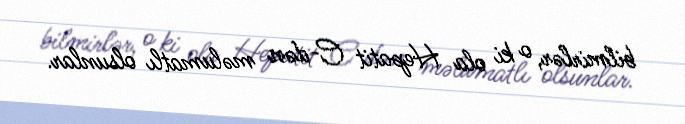
bilmirlər, o ki ola Hepatit C-dən məlumatlı olsunlar.